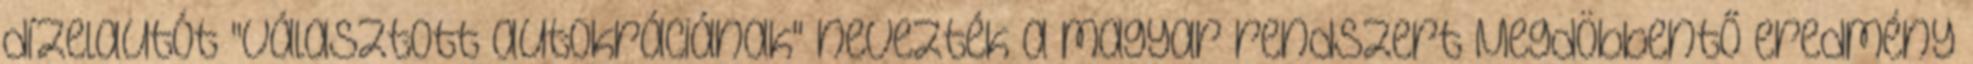
dízelautót "Választott autokráciának" nevezték a magyar rendszert Megdöbbentő eredmény